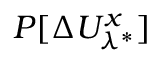
P [ \Delta U _ { \lambda ^ { * } } ^ { x } ]